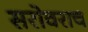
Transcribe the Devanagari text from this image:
सरोवराच